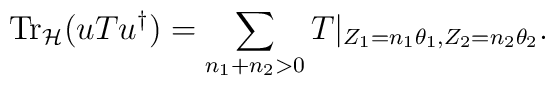
{\rm Tr}_{\cal H}(uTu^\dag)=\sum_{n_1+n_2>0}T|_{Z_1=n_1\theta_1,Z_2=n_2\theta_2}.